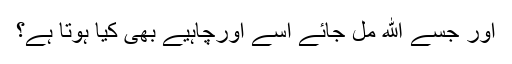
اور جسے الله مل جائے اسے اورچاہیے بھی کیا ہوتا ہے؟